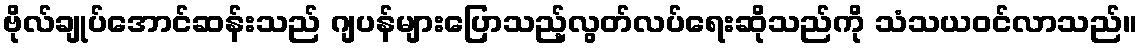
ဗိုလ်ချုပ်အောင်ဆန်းသည် ဂျပန်များပြောသည့်လွတ်လပ်ရေးဆိုသည်ကို သံသယဝင်လာသည်။